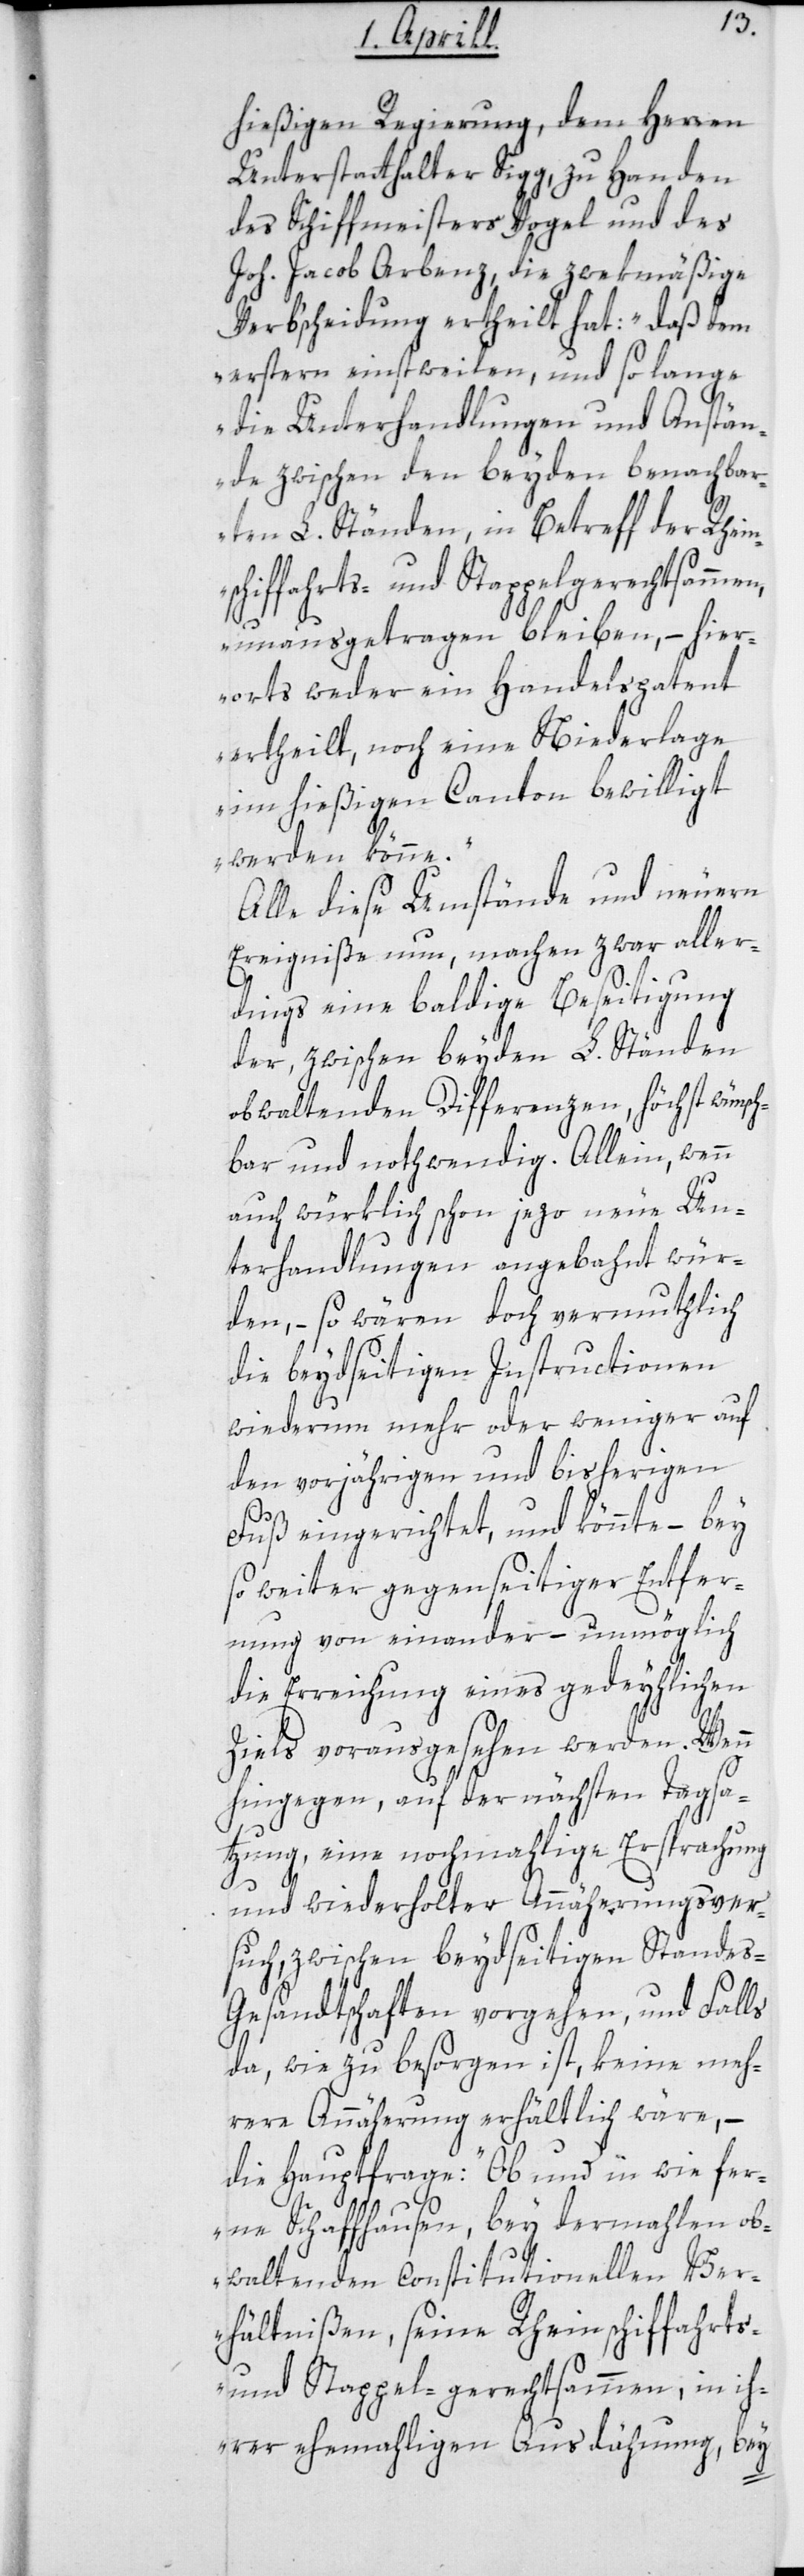
hießigen Regierung, dem Herren
Unterstatthalter Sigg, zu Handen
des Schiffmeisters Vogel und des
Joh. Jacob Arbenz, die zwekmäßige
Verb’scheidung ertheilt hat: „Daß dem
erstern einstweilen, und so lange
die Unterhandlungen und Anstän¬
de zwischen den beyden benachbar¬
ten L. Ständen, in Betreff der Rhein¬
hiffahrts- und Stappelgerechtsammen,
unausgetragen bleiben, – hier¬
orts weder ein Handelspatent
ertheilt, noch eine Niederlage
im hießigen Canton bewilligt
werden könne“.
Alle diese Umstände und neuern
Ereigniße nun, machen zwar aller¬
dings eine baldige Beseitigung
der, zwischen beyden L. Ständen
obwaltenden Differenzen, höchst wünsch¬
bar und nothwendig. Allein, wenn
auch würklich schon jezo neue Un¬
terhandlungen angebahnt wür¬
den, – so wären doch vermuthlich
die beydseitigen Instructionen
wiederum mehr oder weniger auf
den vorjährigen und bisherigen
sc¬
Fuß eingerichtet, und könnte – bey
so weiter gegenseitiger Entfer¬
nung von einander – unmöglich
die Erreichung eines gedeyhlichen
Ziels vorausgesehen werden. Wenn
hingegen, auf der nächsten Tagsa¬
tzung, eine nochmahlige Ersprachung
und wiederholter Annäherungsver¬
such, zwischen beydseitigen Standes-G¬
esandtschaften vorgehen, und Falls
da, wie zu besorgen ist, keine meh¬
rere Annährung erhältlich wäre, –
die Hauptfrage: „Ob und in wie fer¬
ne Schaffhausen, bey dermahlen ob¬
waltenden constitutionellen Ver¬
hältnißen, seine Rheinschiffahrts-
und Stappel-gerechtsammen, in ih¬
rer ehemaligen Ausdehnung, bey